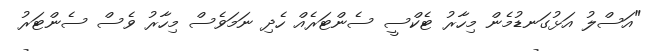
"އަސްލު އަޅުގަނޑުމެން މިހާރު ޓެކްސީ ސެންޓަރެއް ހެދި ނަމަވެސް މިހާރު ވެސް ސެންޓަރު